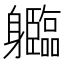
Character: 𲄱